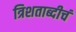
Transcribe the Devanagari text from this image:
त्रिशताब्दीचं